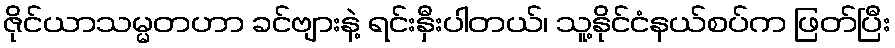
ဇိုင်ယာသမ္မတဟာ ခင်ဗျားနဲ့ ရင်းနှီးပါတယ်၊ သူ့နိုင်ငံနယ်စပ်က ဖြတ်ပြီး